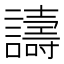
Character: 譸